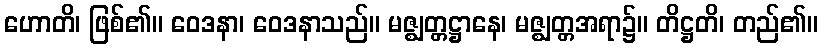
ဟောတိ၊ ဖြစ်၏။ ဝေဒနာ၊ ဝေဒနာသည်။ မဇ္ဈတ္တဋ္ဌာနေ၊ မဇ္ဈတ္တအရာ၌။ တိဋ္ဌတိ၊ တည်၏။